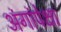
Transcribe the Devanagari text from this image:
अंगांपेक्षा